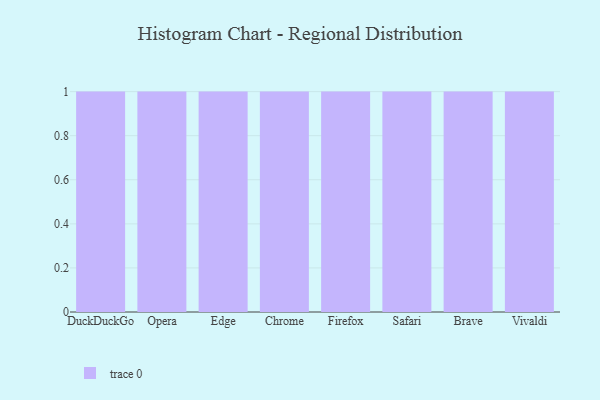
{"axis": {"x": "Browser", "y": "Headcount"}, "legend": [""], "data": [{"x": "DuckDuckGo", "y": 45, "type": ""}, {"x": "Opera", "y": 82, "type": ""}, {"x": "Edge", "y": 53, "type": ""}, {"x": "Chrome", "y": 44, "type": ""}, {"x": "Firefox", "y": 68, "type": ""}, {"x": "Safari", "y": 93, "type": ""}, {"x": "Brave", "y": 25, "type": ""}, {"x": "Vivaldi", "y": 29, "type": ""}]}